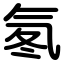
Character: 氡